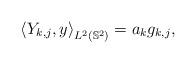
LaTeX: \begin{align*}\left\langle Y_{k,j},y\right\rangle_{L^2(\mathbb{S}^2)}=a_kg_{k,j},\end{align*}